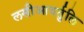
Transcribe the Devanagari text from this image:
लसीआवर्तुलि